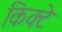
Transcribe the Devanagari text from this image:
किक्टे